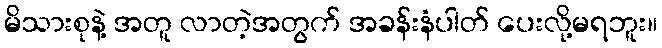
မိသားစုနဲ့ အတူ လာတဲ့အတွက် အခန်းနံပါတ် ပေးလို့မရဘူး။